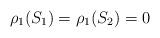
LaTeX: \begin{align*}\rho_1(S_1) = \rho_1(S_2) = 0\end{align*}